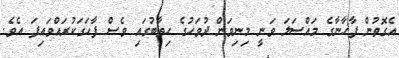
އެގޮތުން ފާހާނާގެ މައްސަލަ ވަނީ މިނިވަން ދުވަހުގެ ހިތާބުގައި ވެސް ފާހަގަކުރައްވައިފަ އެވެ.